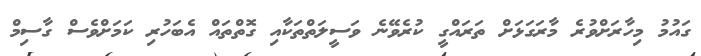
ގައުމު މިހާރަށްވުރެ މާރަގަޅަށް ތަރައްގީ ކުރެވޭނެ ވަސީލަތްތަކާއި ގޮތްތައް އެބަހުރި ކަމަށްވެސް ގާސިމް